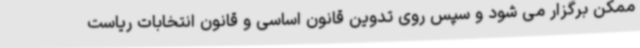
ممکن برگزار می شود و سپس روی تدوین قانون اساسی و قانون انتخابات ریاست